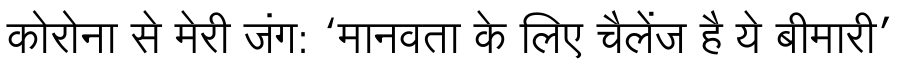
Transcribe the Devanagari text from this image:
कोरोना से मेरी जंग: ‘मानवता के लिए चैलेंज है ये बीमारी’